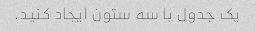
یک جدول با سه ستون ایجاد کنید.